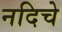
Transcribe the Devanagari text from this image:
नदिचे